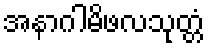
အနာဂါမိဖလသုတ္တံ